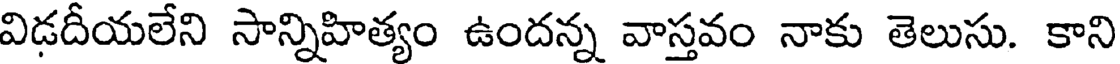
విడదీయలేని సాన్నిహిత్యం ఉందన్న వాస్తవం నాకు తెలుసు. కాని